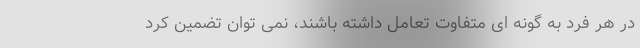
در هر فرد به گونه ای متفاوت تعامل داشته باشند، نمی توان تضمین کرد